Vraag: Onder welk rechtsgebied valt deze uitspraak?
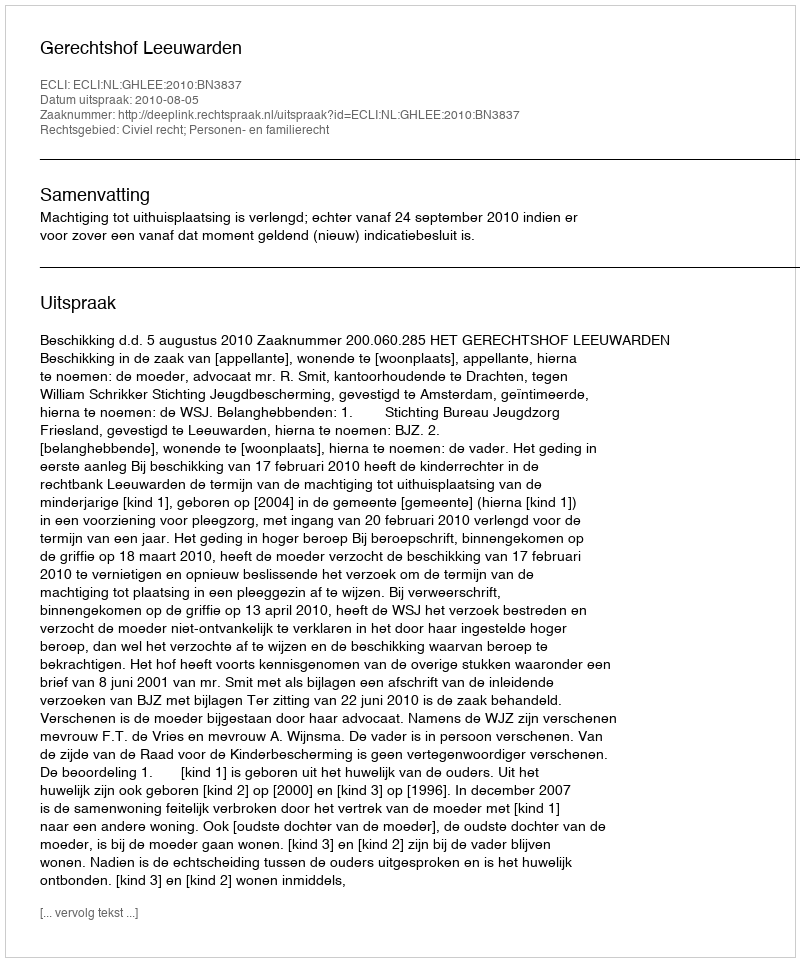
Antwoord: Civiel recht; Personen- en familierecht